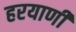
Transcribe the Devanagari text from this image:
हरयाणी